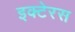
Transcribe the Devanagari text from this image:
इक्टेरस